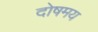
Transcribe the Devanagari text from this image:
दोषमय